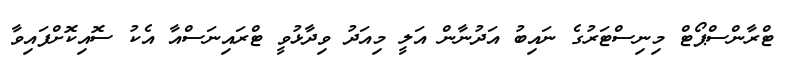
ޓްރާންސްޕޯޓް މިނިސްޓަރުގެ ނައިބު އަދުނާން އަލީ މިއަދު ވިދާޅުވީ ޓްރައިނަސްއާ އެކު ސޮއިކޮށްފައިވާ